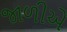
જાળીએ